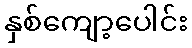
နှစ်ကျော့ပေါင်း